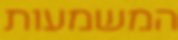
המשמעות